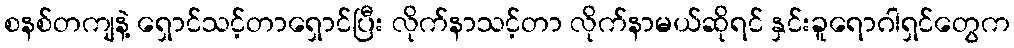
စနစ်တကျနဲ့ ရှောင်သင့်တာရှောင်ပြီး လိုက်နာသင့်တာ လိုက်နာမယ်ဆိုရင် နှင်းခူရောဂါရှင်တွေက